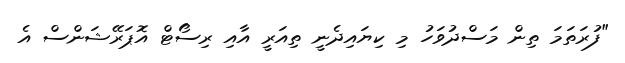
"ފުރަތަމަ ތިން މަސްދުވަހު މި ކިޔައިދެނީ ތިއަރީ އާއި ރިސޯޓް އޮޕަރޭޝަންސް އެ